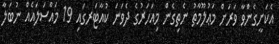
އެކަށީގެންވާ ވަރަށް މަޢުލޫމާތު ނެތިގެން މިއަހަރުގެ ދެވަނަ ކުއާޓަރގައި 19 މައްސަލައެއް ނުބަލާ